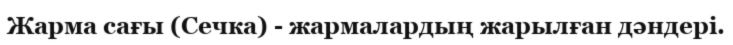
Жарма сағы (Сечка) - жармалардың жарылған дәндері.